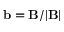
\mathbf { b } = \mathbf { B } / | \mathbf { B } |